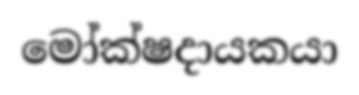
මෝක්ෂදායකයා